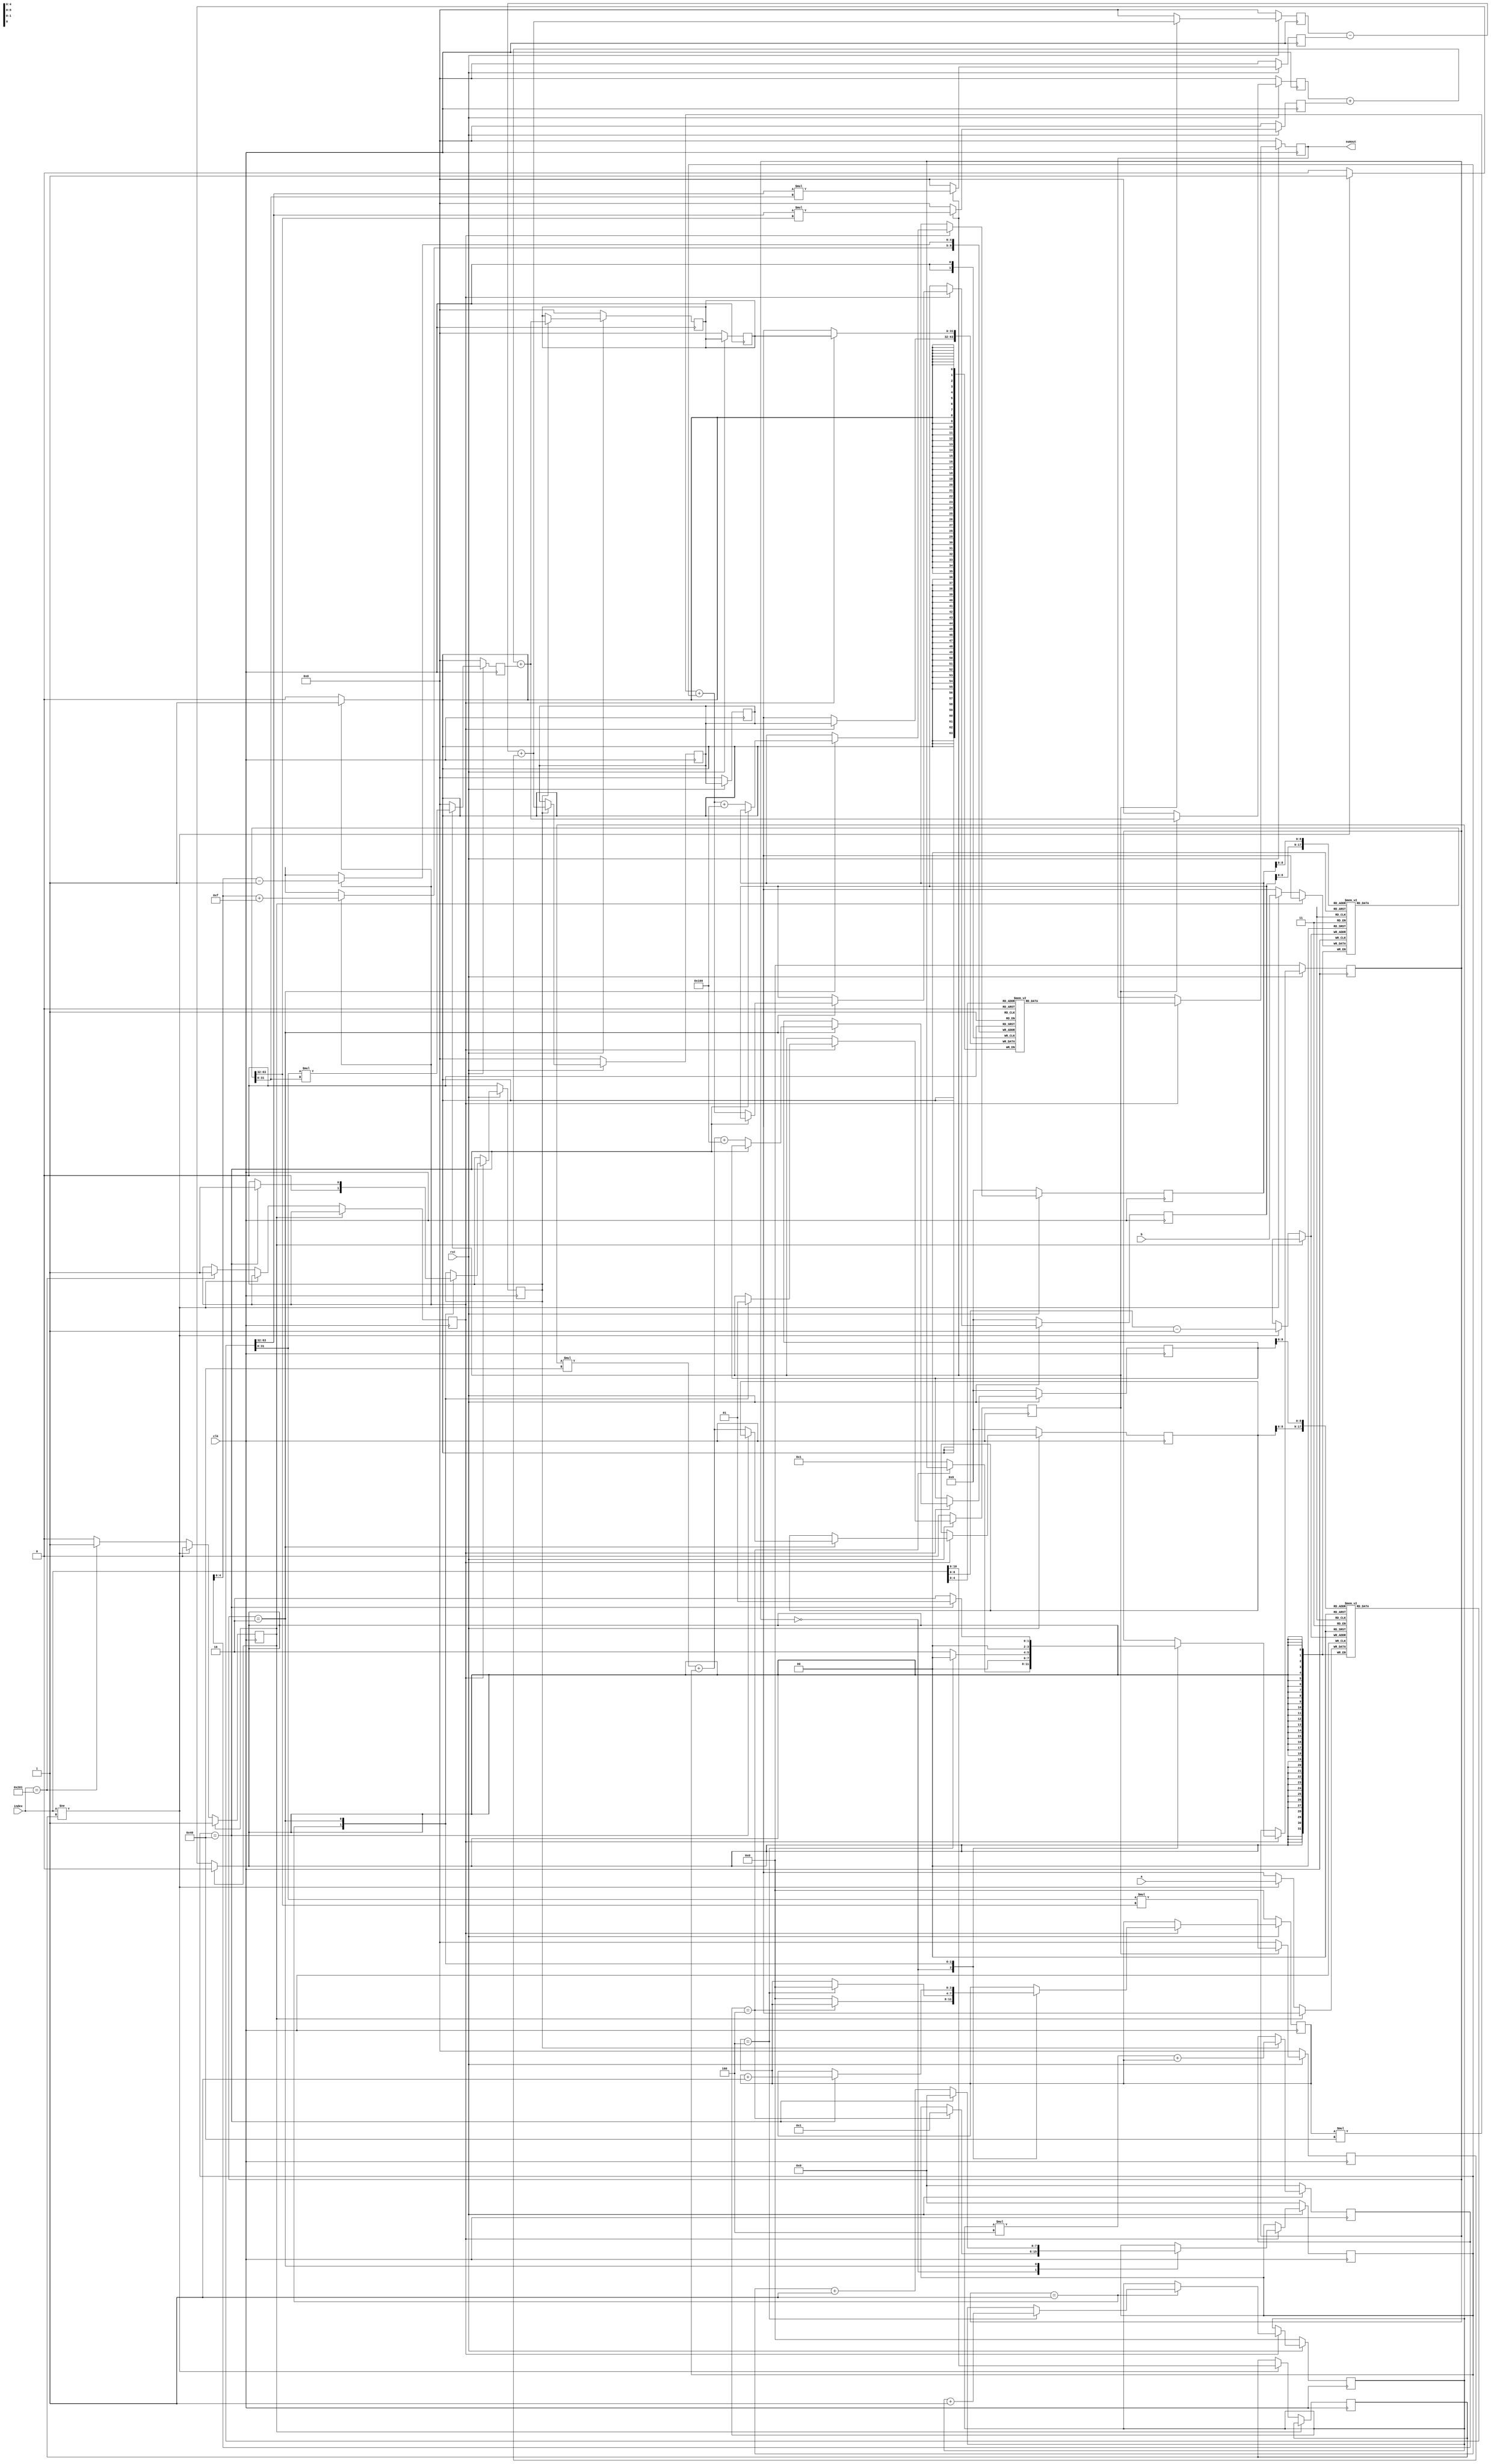
`timescale 1ns / 1ps
//////////////////////////////////////////////////////////////////////////////////
// Company: 
// Engineer: 
// 
// Design Name: 
// Module Name: test
// Project Name: 
// Target Devices: 
// Tool Versions: 
// Description: 
// 
// Dependencies: 
// 
// Revision:
// Revision 0.01 - File Created
// Additional Comments:
// 
//////////////////////////////////////////////////////////////////////////////////


module mat_mult_one(

  input signed [31:0] a,
  input signed [31:0] b,
  input clk,
  input [31:0] index,
  input rst,

  output reg signed [31:0] sumout

  );
  
  
  
   reg signed [31:0] z[511:0];
   reg signed [31:0] j[511:0];

   reg signed [31:0] zrjr;
   reg signed [31:0] ziji;
   reg signed [31:0] zrji;
   reg signed [31:0] zijr;
   reg signed [31:0] jrjr;
   reg signed [31:0] jiji;
   reg signed [31:0] jrji;
   reg signed [31:0] jijr;

   reg signed [31:0] multreal;
   reg signed [31:0] multimage;
   reg signed [31:0] multreal_j;
   reg signed [31:0] multimage_j;



   reg flag=0; 
   reg [10:0] i=0;
   reg [7:0] s=0;
   reg [7:0] k=0;
   
   reg [10:0] i_z=0;
   reg [10:0] i_j=0;
   reg [10:0] i_sub=0;
   reg [10:0] i_sub_j=0;
   reg [9:0] s_real=0;
   reg [9:0] k_real;
   reg [9:0] s_image;
   reg [9:0] k_image;

   reg [3:0] state;
   reg [3:0] row;
   reg [3:0] colunm;
   reg flag_zz;
   reg flag_64;
   reg flag_k;
   reg signed [31:0] zhreal;
   reg signed [31:0] zhimage;
   reg signed [31:0] jhreal;
   reg signed [31:0] jhimage;
   
   reg [31:0] sub [31:0];
   reg [31:0] sub_j [31:0];
   
   
   
  /* genvar si;
   generate
       for(si=0; si<512; si=si+1) begin*/
   always@(posedge clk) begin//: genblk
   /*if ( !rst) begin
    //  z[si] <= 0;
     // j[si] <= 0;
    //  for (i_z=0; i_z<512; i_z=i_z+1) z[i_z] <= 0 ;
     // for (i_j=0; i_j<512; i_j=i_j+1) j[i_j] <= 0 ;
      flag  <= 0;
      flag_k<= 0;
      i     <= 0;
   end */ 
   if (!flag) begin
    
         if (index!=i) begin 
               z[index-1] <= a;
               j[index-1] <= b;
               i          <= index;
          end  
          else if (index == 513) begin
                              flag   <= 1;
                              flag_k <= 1; 
                         end
   end
   end
 /*  end  
   endgenerate*/
   
   
  /* genvar zi;
   generate
       for(zi=0; zi<32; zi=zi+1) begin*/
   always@(posedge clk) begin//: genblk
   /*if ( !rst) begin
      //sub[zi]   <= 0;
      //sub_j[zi] <= 0;
       for (i_sub=0; i_sub<512; i_sub=i_sub+1) sub[i_sub] <= 0 ;
       for (i_sub_j=0; i_sub_j<512; i_sub_j=i_sub_j+1) sub_j[i_sub_j] <= 0 ;
   end */ 
   
   if(flag_k) begin  
               sub[s-1]     <= zhreal;
               sub[s+15]    <= zhimage;
               
               sub_j[s-1]     <= jhreal;
               sub_j[s+15]    <= jhimage;
               
               
               
          end  

   end
   
   
 //  end
   
  // endgenerate
   
   
   
   
    always@(posedge clk) begin
        if ( rst == 1'b0 ) begin
  
          sumout <= 0;
         end  
           // if (flag_h) begin
            
           else if  (flag_k) begin
  
             sumout <= sub[index];
         end
      end
       
       
       
       
always@(posedge clk)
   if (!rst) begin
   zrjr <= 0; // Real * Real
   ziji <= 0; // Imaginary * Imaginary
   zrji <= 0; // Real * Imaginary
   zijr <= 0; // Imaginary * Real
   
   jrjr <=  0;
   jiji <=  0;
   jrji <=  0;
   jijr <=  0;
   
   multreal          <= 0;
   multimage         <= 0;
   multreal_j        <= 0;
   multimage_j       <= 0;
       end
 
     else if (!flag_zz) begin
      zrjr <= 0; // Real * Real
      ziji <= 0; // Imaginary * Imaginary
      zrji <= 0; // Real * Imaginary
      zijr <= 0; // Imaginary * Real
      
      jrjr <=  0;
      jiji <=  0;
      jrji <=  0;
      jijr <=  0;
      
      multreal          <= 0;
      multimage         <= 0;
      multreal_j        <= 0;
      multimage_j       <= 0;
      

      


      
     end
            else if (flag_zz ) begin
          
            zrjr <=  z[s_real]   *  j[k_real]; // Real * Real
            ziji <=  z[s_image]  *  j[k_image]; // Imaginary * Imaginary
            zrji <=  z[s_real]   *  j[k_image]; // Real * Imaginary
            zijr <=  z[s_image]  *  j[k_real]; // Imaginary * Real
                         
            jrjr <=  j[s_real]   *  j[k_real];
            jiji <=  j[s_image]  *  j[k_image];
            jrji <=  j[s_real]   *  j[k_image];
            jijr <=  j[s_image]  *  j[k_real];
            
                 
            multreal    <= multreal    + zrjr + ziji;
            multimage   <= multimage   - zrji + zijr;
            multreal_j  <= multreal_j  + jrjr + jiji;
            multimage_j <= multimage_j - jrji + jijr;             
            
            
             
 
           end
           
           
           
           
           
always @(posedge clk) begin  
     if (!rst) begin
           
     zhreal    <= 0;
     zhimage   <= 0;
     jhreal    <= 0;
     jhimage   <= 0;
     s         <=0;

     end
     else if (flag_64) begin    
     zhreal    <= multreal+ zrjr + ziji;
     zhimage   <= multimage- zrji + zijr;
     jhreal    <= multreal_j+ jrjr + jiji;
     jhimage   <= multimage_j- jrji + jijr;
     s         <= row*4 +colunm;    

     end
end
           
           
           

always @(posedge clk) begin
  if (!rst) begin
      k           <=0;
      state       <=0;
      colunm      <=0;
      row         <=0;
      zhreal      <=0;
      zhimage     <=0;
      jhreal      <=0;
      jhimage     <=0;
      s_real      <=0;
      s_image     <=0;
      k_real      <=0;
      k_image     <=0;
      flag_zz     <=0;
      flag_64     <=0;
   end
      
       
   else if (flag_k) begin
             
             case (state)
             4'd0 : begin
                        if(row == 4) begin
                             k <= 1;
                        end
                        else begin
                            state <= 1'b1;
                            colunm <= 0;
                        end
                    end                       
             4'd1 : begin
                        if(colunm == 4) begin
                            state  <= 4'd0;
                            row    <= row + 1;
                            colunm <= 0;
                            flag_zz <= 0;
                             flag_64<=0;
                            
                        end
                        else begin
                            state <= 4'd2;
                               
                            flag_zz <= 0;
                             flag_64<=0;
                            
                        end
                    end
              4'd2 : begin
                               if(k == 64) begin
                                   
                                   state  <= 4'd1;
                                   colunm <= colunm + 1;
                                   k      <= 0;
                                   flag_zz <= 1;
                                   flag_64<=1;

                               end
                               else begin
                                   flag_zz <= 1;
                                   state <= 4'd2;
                                   s_real <= row*64 + k ;
                                   k_real <= colunm*64 + k;
                                   s_image <= row*64 + k + 256;
                                   k_image = colunm*64 + k + 256;
                                   k <= k +1;
                 
                                       
                        
                               end
                           end  
                           
                default: begin
                end
                    
             endcase
         end
     end
     
     

 

 
endmodule